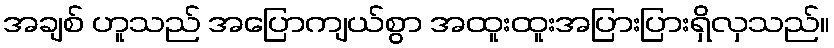
အချစ် ဟူသည် အပြောကျယ်စွာ အထူးထူးအပြားပြားရှိလှသည်။